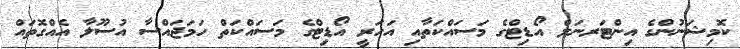
ކޮމިޝަނުންގެ އިންޓަރނަލް އޯޑިޓްގެ މަސައްކަތާއި އަހަރީ އޯޑިޓްގެ މަސައްކަތް ހަމަޖައްސާ އުސޫލާ އެއްގޮތައް